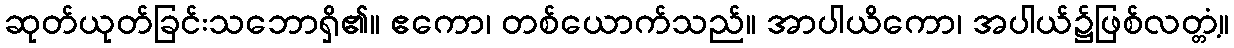
ဆုတ်ယုတ်ခြင်းသဘောရှိ၏။ ဧကော၊ တစ်ယောက်သည်။ အာပါယိကော၊ အပါယ်၌ဖြစ်လတ္တံ့။